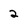
Character: 2